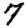
Digit: 7